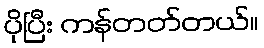
ပိုပြီး ကန်တတ်တယ်။